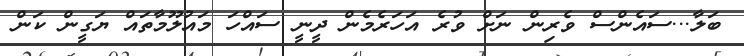
ބަލާ...ސައެންސް ވެރިން ނަށް ވުރެ އަހަރެމެން ދީނީ ސައްހަ މައުލޫމާތައް ޔަގީން ކަން